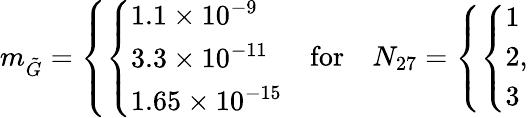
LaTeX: m_{\tilde{G}}=\left\{ \left\{ \begin{array}{ll}{{1.1\times 10^{-9}}}\\ {{3.3\times 10^{-11}}}\\ {{1.65\times 10^{-15}}}\end{array}\right.\right.\quad\mathrm{for}\quad N_{27}=\left\{ \left\{ \begin{array}{ll}{{1}}\\ {{2}}\\ {{3}}\end{array}\right.\right.,